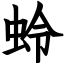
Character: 蛉